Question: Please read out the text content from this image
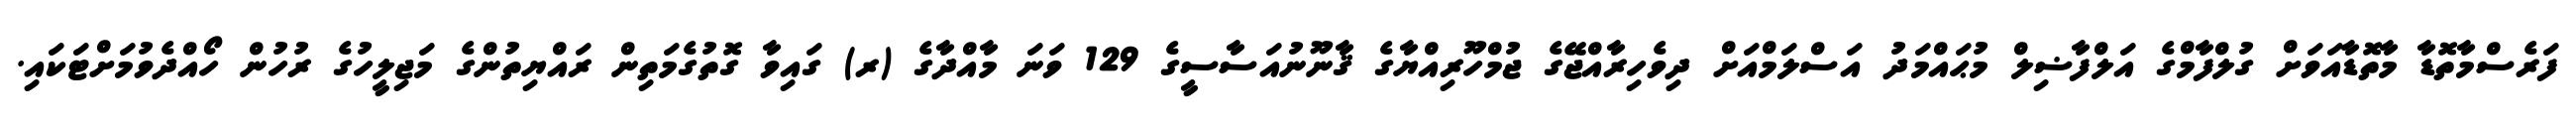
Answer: ފަރެސްމާތޮޑާ މާތޮޑާއަވަށް ގުލްފާމްގެ އަލްފާޟިލް މުޙައްމަދު އަސްލަމްއަށް ދިވެހިރާއްޖޭގެ ޖުމްހޫރިއްޔާގެ ޤާނޫނުއަސާސީގެ 129 ވަނަ މާއްދާގެ (ރ) ގައިވާ ގޮތުގެމަތިން ރައްޔިތުންގެ މަޖިލީހުގެ ރުހުން ހޯއްދެވުމަށްޓަކައި.